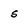
Character: s